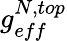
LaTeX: g_{eff}^{N,top}